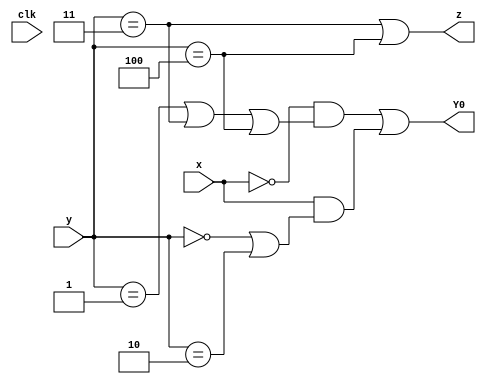
module top_module (
    input clk,
    input [2:0] y,
    input x,
    output Y0,
    output z
);
	
    //-------------Internal Constants-----------------
    parameter S0=0, S1=1, S2=2, S3=3, S4=4;  // States 
/*
    //-------------Internal Variables-----------------
    reg [2:0] state, next_state;    //Used one hot encoding, 4 state bits required for 4 states.

    // State transition logic - Combinational Logic
    always @(*) begin
        case(state)
            curr_state : next_state = input ? next_state_true : next_state_false ;
            
            default : next_state = 4'bxxx;
        endcase
    end 

    // Current state logic - Sequential Logic
    always @(posedge clk) begin
            state <= next_state;
    end
    */

    // Output logic - Combinational output logic
    assign z = (y == S3) || (y == S4);  
    assign Y0 = ~x & ((y == S1) || (y == S3) || (y == S4)) || x & ((y == S0) || (y == S2));
    
endmodule